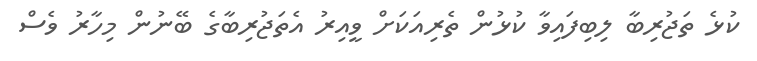
ކުޅެ ތަޖުރިބާ ލިބިފައިވާ ކުޅުން ތެރިއަކަށް ވީއިރު އެތަޖުރިބާގެ ބޭނުން މިހާރު ވެސް